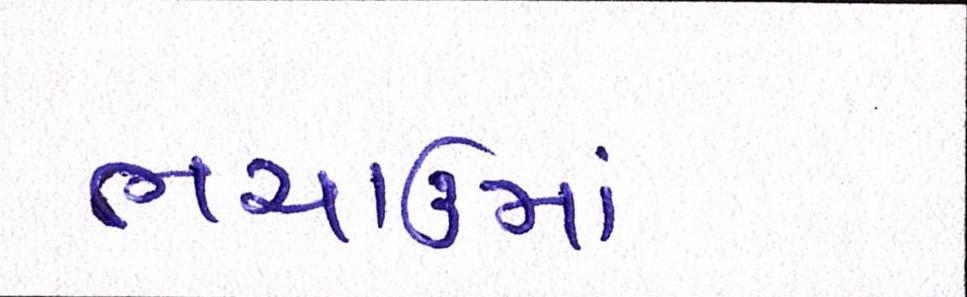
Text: ભચાઉમાં